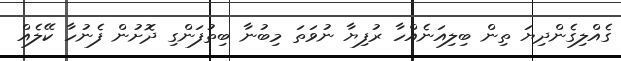
ގެއްލިގެންދިޔަ ތިން ބިލިއަނެއްހާ ރުފިޔާ ނުވަތަ މިބުނާ ބިތުފަންގި ދޮށުން ފެނުހާ ކޭލެއް